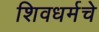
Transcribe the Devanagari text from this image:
शिवधर्मचे